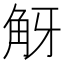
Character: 𧣐